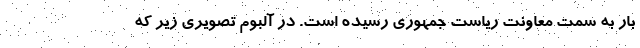
بار به سمت معاونت ریاست جمهوری رسیده است. در آلبوم تصویری زیر که